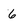
Character: 6